Report on vaccination in Madras 1922-1929 - 1922-1929
Year: 1922
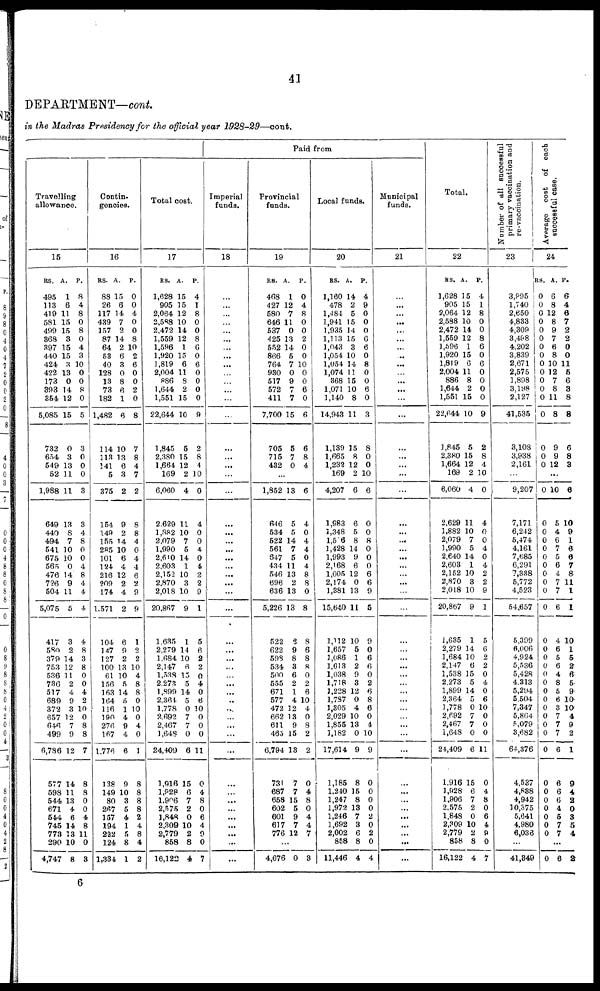
41
DEPARTMENT—cont.
in the Madras Presidency for the official year 1928-29—cont.
Travelling
allowance.
15
RS.
495
113
419
581
499
868
397
440
424
422
173
393
354
5,085
732
654
549
52
1,988
649
440
494
541
675
565
476
726
504
5,075
417
580
379
753
536
736
517
689
372
657
646
499
6,786
577
598
544
671
544
745
773
290
4,747
A.
1
6
11
15
15
3
15
15
3
13
0
14
12
15
0
3
13
11
11
13
8
7
10
10
0
14
9
11
5
3
2
14
12
11
2
4
9
3
12
7
9
12
14
11
13
4
6
14
13
10
8
P.
8
4
8
0
8
0
4
3
10
0
0
8
0
5
3
0
0
0
3
3
4
8
0
0
4
8
4
4
4
4
8
3
8
0
0
4
2
10
0
8
8
7
8
8
0
0
4
8
11
0
3
Contin¬
gencies.
16
RS.
88
26
117
439
157
87
64
53
40
128
13
73
182
1,482
114
113
141
5
375
154
149
155
285
101
124
216
209
174
1,571
104
147
127
100
61
156
163
164
116
190
276
167
1,776
138
149
80
267
157
194
222
124
1,334
A.
15
6
14
7
2
14
2
6
3
0
8
6
1
6
10
13
6
3
2
9
2
14
10
6
4
12
2
4
2
6
9
2
13
10
5
14
5
1
4
9
4
6
9
10
3
5
4
1
5
8
1
P.
0
0
4
0
0
8
10
2
6
0
0
2
0
8
7
8
4
7
2
8
8
4
0
4
4
6
2
9
9
1
2
2
10
4
8
8
0
10
0
4
0
1
8
8
8
8
2
4
8
4
2
Total cost.
17
RS.
1,628
905
2,064
2,588
2,472
1,559
1,596
1,920
1,819
2,004
886
1,644
1,551
22,644
1,845
2,380
1,664
169
6,060
2,629
1,882
2,079
1,990
2,610
2,603
2,152
2,870
2,018
20,867
1,635
2,279
1,684
2,147
1,538
2,273
1,899
2,364
1,778
2,692
2,467
1,648
24,409
1,916
1,928
1,906
2,575
1,848
2,309
2,779
858
16,122
A.
15
15
12
10
14
12
1
15
6
11
8
2
15
10
6
15
12
P.
4
1
8
0
0
8
6
0
6
0
0
0
0
9
2
8
4
2 10
4
11
10
7
5
14
1
10
3
10
9
1
14
10
6
15
5
14
5
0
7
7
0
6
15
6
7
2
0
10
2
8
4
0
4
0
0
4
0
4
2
2
9
1
5
6
2
2
0
4
0
6
10
0
0
0
11
0
4
8
0
6
4
9
0
7
Paid from
Imperial
funds.
18
...
...
...
...
...
...
...
...
...
...
...
...
...
...
...
...
...
...
...
...
...
...
...
...
...
...
...
...
...
...
...
...
...
...
...
...
...
...
...
...
...
...
...
...
...
...
...
...
...
...
...
Provincial
funds.
19
RS.
468
427
580
646
537
425
552
866
764
930
517
572
411
7,700
705
715
432
A.
1
12
7
11
0
13
14
5
7
0
9
7
7
15
5
7
0
P.
0
4
8
0
0
2
0
0
10
0
0
6
0
6
6
8
4
...
1,852
646
534
522
561
647
434
546
696
636
5,226
522
622
598
534
500
555
671
577
472
662
611
465
6,794
731
687
658
602
601
617
776
13
5
5
14
7
5
11
13
2
13
13
6
9
8
3
6
2
1
4
12
13
9
15
13
7
7
15
5
9
7
12
6
4
0
4
4
0
4
8
8
0
8
8
6
8
8
0
2
6
10
4
0
8
2
2
0
4
8
0
4
4
7
...
4,676 0 3
Local funds.
20
RS.
1,160
478
1,484
1,941
1,935
1,113
1,043
1,054
1,054
1,074
368
1,071
1,140
14,943
1,139
1,665
1,232
169
4,207
1,983
1,348
1,506
1,428
1,993
2,168
1,605
2,174
1,381
15,640
1,112
1,657
1,086
1,613
1,038
1,718
1,228
1,787
1,305
2,029
1,855
1,182
17,614
1,185
1,240
1,247
1,972
1,246
1,692
2,002
858
11,446
A.
14
2
5
15
14
15
3
10
14
11
15
10
8
11
15
8
12
2
6
6
5
8
14
9
6
12
0
13
11
10
5
1
2
9
3
12
0
4
10
13
0
9
8
15
8
13
7
3
6
8
4
P.
4
9
0
0
0
6
6
0
8
0
0
6
0
3
8
0
0
10
6
0
0
8
0
0
0
6
6
9
5
9
0
6
6
0
2
6
8
6
0
4
10
9
0
0
0
0
2
0
2
0
4
Municipal
funds.
21
...
...
...
...
...
...
...
...
...
...
...
...
...
...
...
...
...
...
...
...
...
...
...
...
...
...
...
...
...
...
...
...
...
...
...
...
...
...
...
...
...
...
...
...
...
...
...
...
...
...
...
Total.
22
RS.
1,628
905
2,064
2,588
2,472
1,559
1,596
1,920
1,819
2,004
886
1,644
1,551
22,644
1,845
2,380
1,664
169
6,060
2,629
1,882
2,079
1,990
2,640
2,603
2,152
2,870
2,018
20,867
1,635
2,279
1,684
2,147
1,538
2,273
1,899
2,364
1,778
2,692
2,467
1,648
24,409
1,916
1,928
1,906
2,575
1,848
2,309
2,779
858
16,122
A.
15
15
12
10
14
12
1
15
6
11
8
2
15
10
5
15
12
2
4
11
10
7
5
14
1
10
3
10
9
1
14
10
6
15
5
14
5
0
7
7
0
6
15
6
7
2
0
10
2
8
4
P.
4
1
8
0
0
8
6
0
6
0
0
0
0
9
2
8
4
10
0
4
0
0
4
0
4
2
2
9
1
5
6
2
2
0
4
0
6
10
0
0
0
11
0
4
8
0
6 4
9
0
7
Number of all successful
primary vaccination and
re-vaccination.
23
3,995
1,740
2,650
4,833
4,309
3,498
4,202
3,839
2,671
2,575
1,898
3,198
2,127
41,535
3,108
3,938
2,161
...
9,207
7,171
6,242
5,474
4,161
7,685
6,291
7,338
5,772
4,523
54,657
5,399
6,006
4,924
5,536
5,428
4,313
5,294
5,504
7,347
5,864
5,079
3,682
64,376
4,537
4,838
4,942
10,375
5,641
4,980
6,036
...
41,849
Average cost of each
successful case.
24
RS.
0
0
0
0
0
0
0
0
0
0
0
0
0
0
0
0
0
A.
6
8
12
8
9
7
6
8
10
12
7
8
11
8
9
9
12
P.
6
4
6
7
2
2
0
0
11
5
6
3
8
8
6
8
3
...
0
0
0
0
0
0
0
0
0
0
0
0
0
0
0
0
0
0
0
0
0
0
0
0
0
0
0
0
0
0
0
10
5
4
6
7
5
6
4
7
7
6
4
6
5
6
4
8
5
6
3
7
7
7
6
6
6
6
4
6
7
7
6
10
9
1
6
6
7
8
11
1
1
10
1
6
2
6
5
9
10
10
4
9
2
1
9
4
2
0
3
5
4
...
0 6 2
6